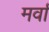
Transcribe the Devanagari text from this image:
मर्वा